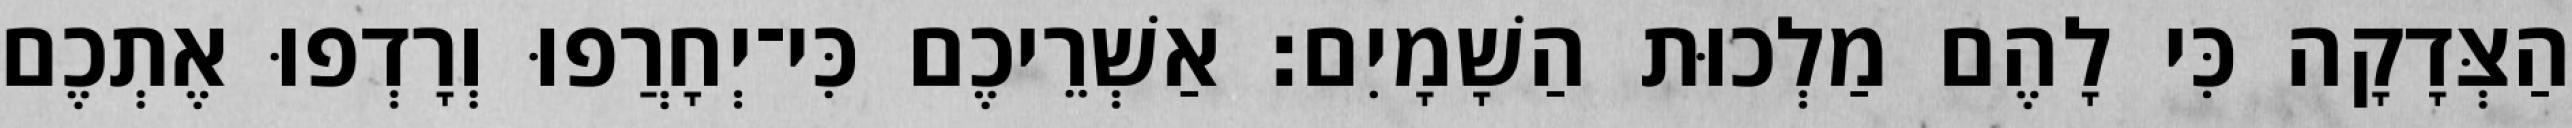
הַצְּדָקָה כִּי לָהֶם מַלְכוּת הַשָׁמָיִם׃ אַשְׁרֵיכֶם כִּי־יְחָרֲפוּ וְרָדְפוּ אֶתְכֶם